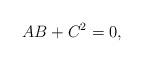
LaTeX: \begin{align*}AB + C^2 = 0,\end{align*}